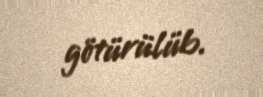
götürülüb.